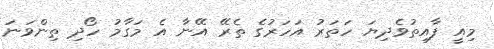
މިއީ ފާއިތުވެދިޔަ ހަތަރު އަހަރުގެ ތެރޭ އޭނާ އެ މަގާމު ހޯދި ތިންވަނަ